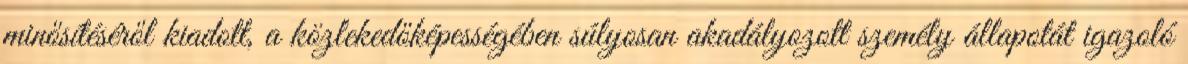
minősítéséről kiadott, a közlekedőképességében súlyosan akadályozott személy állapotát igazoló